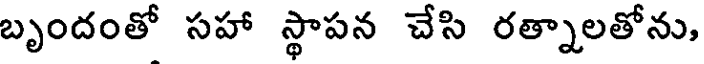
బృందంతో సహా స్థాపన చేసి రత్నాలతోను,